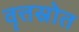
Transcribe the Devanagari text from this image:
वृत्तस्रोत